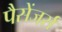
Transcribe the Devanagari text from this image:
पैसेंजर्स